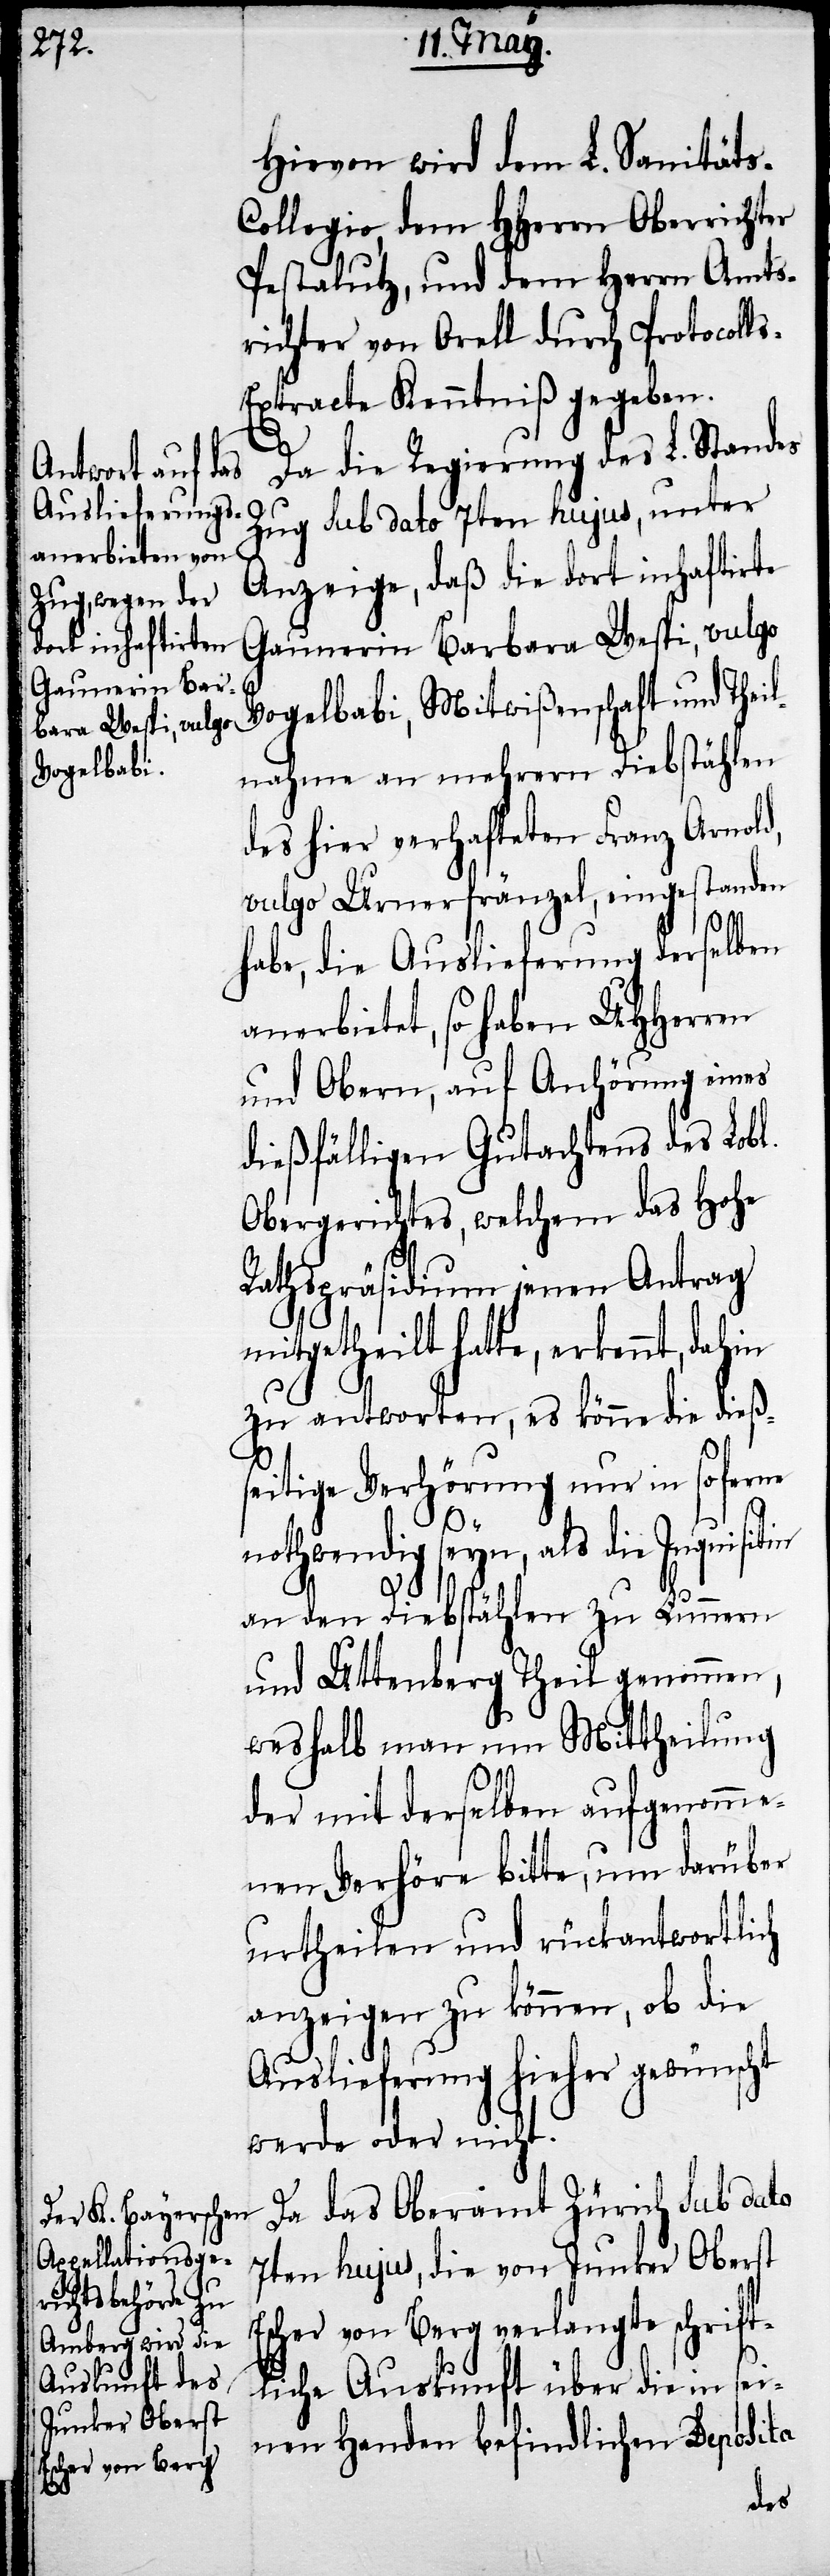
angte schrift¬
Escher von Berg

Hievon wird dem L. Sanität¬
ollegio, dem HHerrn Oberrichter
Pestalutz, und dem Herrn Amts¬
richter von Orell durch Protocoll¬
s-Extracte Kenntniß gegeben.
Da die Regierung des L. Standes
Zug sub dato 7ten hujus, unter
Anzeige, daß die dort inhaftirte
Gaunerin Barbara Wespi, vulgo
Vogelbabi, Mitwißenschaft und Thei¬
lnahme an mehrern Diebstählen
des hier verhafteten Franz Arnold,
vulgo Urnerfränzel, eingestanden
habe, die Auslieferung derselben
anerbietet, so haben UHHerren
und Obern, auf Anhörung eines
dießfälligen Gutachtens des Lobl.
Obergerichtes, welchem das Hohe
Rathspräsidium jenen Antrag
mitgetheilt hatte, erkennt, dahin
zu antworten, es könne die dießs¬
eitige Verhörung nur in so ferne
othwendig seyn, als die Inquisi¬
an den Diebstählen zu Lummern
und Attenberg Theil genommen,
weshalb man nun Mittheilung
der mit derselben aufgenomme¬
nen Verhöre bitte, um darüber
urtheilen und rückantwortlich
anzeigen zu können, ob die
Auslieferung hieher gewünscht
werde oder nicht.
Da das Oberamt Zürich sub dato
7ten hujus, die von Junker Oberst
sei¬
liche Auskunft über die in
nen Handen befindlichen Deposita